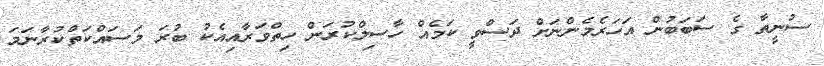
ސުނީތާ ގެ ސަބަބުން އަހަރެމެންނަށް ދަސްވީ ކަމެއް ހާސިލްކުރަން ހިތްވަރާއިއެކު ބުރަ މަސައްކަތްކުރާނަމަ